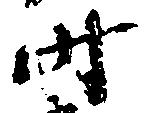
時